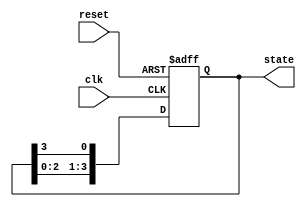
module ring_counter (
    input wire clk,         // Clock input
    input wire reset,       // Asynchronous reset
    output reg [3:0] state  // Output state
);

// State encoding for a 4-bit ring counter
// State 0: 0001
// State 1: 0010
// State 2: 0100
// State 3: 1000

// Sequential logic to implement the ring counter
always @(posedge clk or posedge reset) begin
    if (reset) begin
        // Asynchronous reset: set the first flip-flop to '1'
        state <= 4'b0001; // Initial state
    end else begin
        // Shift the '1' bit through the flip-flops
        state <= {state[2:0], state[3]}; // Shift left and wrap around
    end
end

endmodule